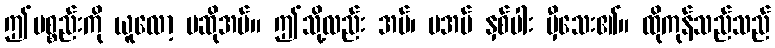
ဤပစ္စည်းကို ယူလော့ မဆိုအပ်။ ဤသို့လည်း အပ်၊ မအပ် နှစ်ပါး မှီသေး၏။ ထိုကုန်သည်သည်